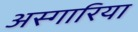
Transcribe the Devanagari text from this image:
अस्गारिया